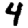
Digit: 4